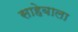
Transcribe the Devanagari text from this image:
साहेबाला